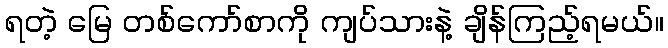
ရတဲ့ မြေ တစ်ကော်စာကို ကျပ်သားနဲ့ ချိန်ကြည့်ရမယ်။